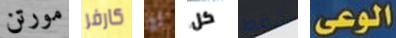
مورتن كارفر لو كل شفط الوعى